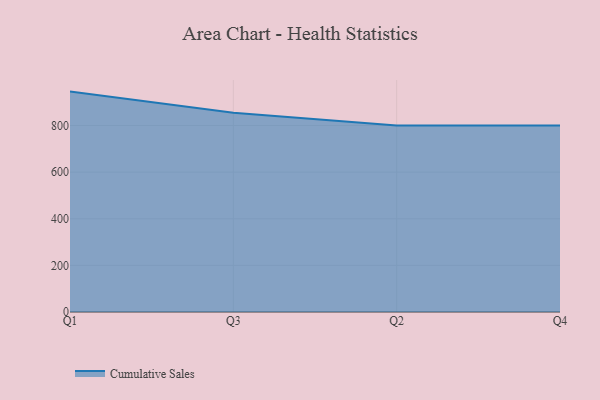
{"axis": {"x": "Quarter", "y": "Churn Rate (%)"}, "legend": ["Cumulative Sales"], "data": [{"x": "Q1", "y": 945.4, "type": "Cumulative Sales"}, {"x": "Q3", "y": 854.5, "type": "Cumulative Sales"}, {"x": "Q2", "y": 800, "type": "Cumulative Sales"}, {"x": "Q4", "y": 800, "type": "Cumulative Sales"}]}